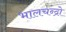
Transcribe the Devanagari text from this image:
भालचन्द्रो